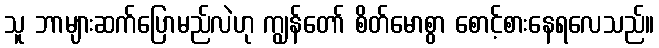
သူ ဘာများဆက်ပြောမည်လဲဟု ကျွန်တော် စိတ်မောစွာ စောင့်စားနေရလေသည်။